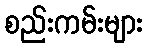
စည်းကမ်းများ